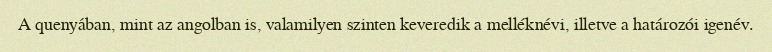
A quenyában, mint az angolban is, valamilyen szinten keveredik a melléknévi, illetve a határozói igenév.